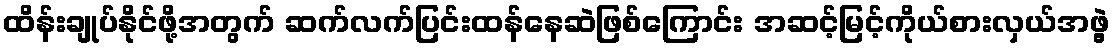
ထိန်းချုပ်နိုင်ဖို့အတွက် ဆက်လက်ပြင်းထန်နေဆဲဖြစ်ကြောင်း အဆင့်မြင့်ကိုယ်စားလှယ်အဖွဲ့